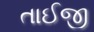
તાઈજી